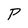
Character: P